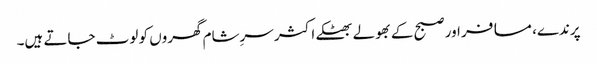
پرندے، مسافر اور صبح کے بھولے بھٹکے اکثر سرِشام گھروں کو لوٹ جاتے ہیں۔